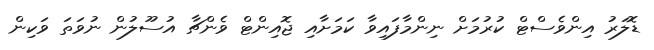
ޑޮލަރު އިންވެސްޓް ކުރުމަށް ނިންމާފައިވާ ކަމަށާއި ޖޮއިންޓް ވެންޗާ އުސޫލުން ނުވަތަ ވަކިން